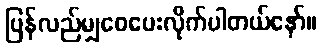
ပြန်လည်မျှဝေပေးလိုက်ပါတယ်နော်။